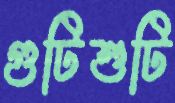
গুটিশুটি